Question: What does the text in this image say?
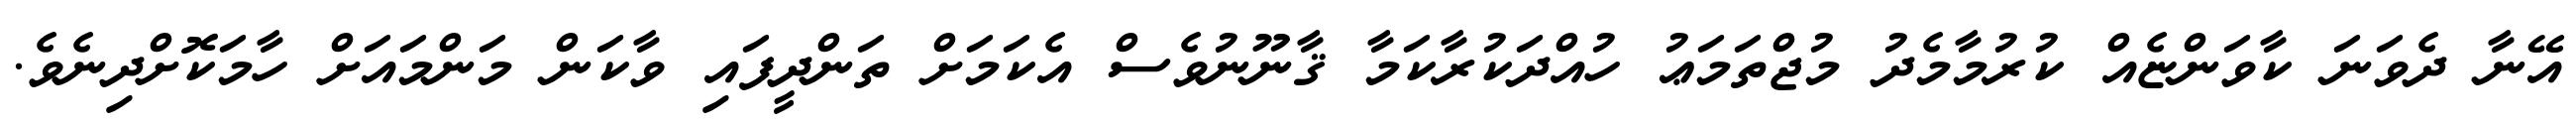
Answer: އޭނާ ދެވަނަ ކާވަންޏެއް ކުރުމާމެދު މުޖްތަމަޢު ހުއްދަކުރާކަމާ ޤާނޫނުވެސް އެކަމަށް ތަންދީފައި ވާކަން މަންމައަށް ހާމަކޮށްދިނެވެ.